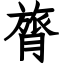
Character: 膂